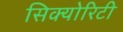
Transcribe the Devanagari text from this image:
सिक्‍योरिटी